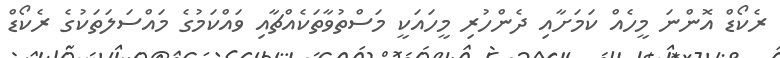
ރެކޯޑް އޮންނަ މީހެއް ކަމަށާއި ދެންހުރި މީހައަކީ މަސްތުވާތަކެއްޗާއި ވައްކަމުގެ މައްސަލަތަކުގެ ރެކޯޑް